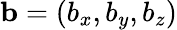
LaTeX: \mathbf{b}=(b_{x},b_{y},b_{z})